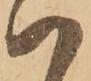
ハ